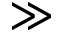
\gg